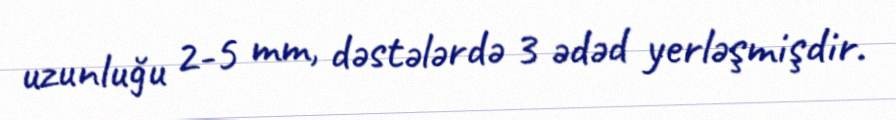
uzunluğu 2-5 mm, dəstələrdə 3 ədəd yerləşmişdir.